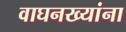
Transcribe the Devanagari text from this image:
वाघनख्यांना